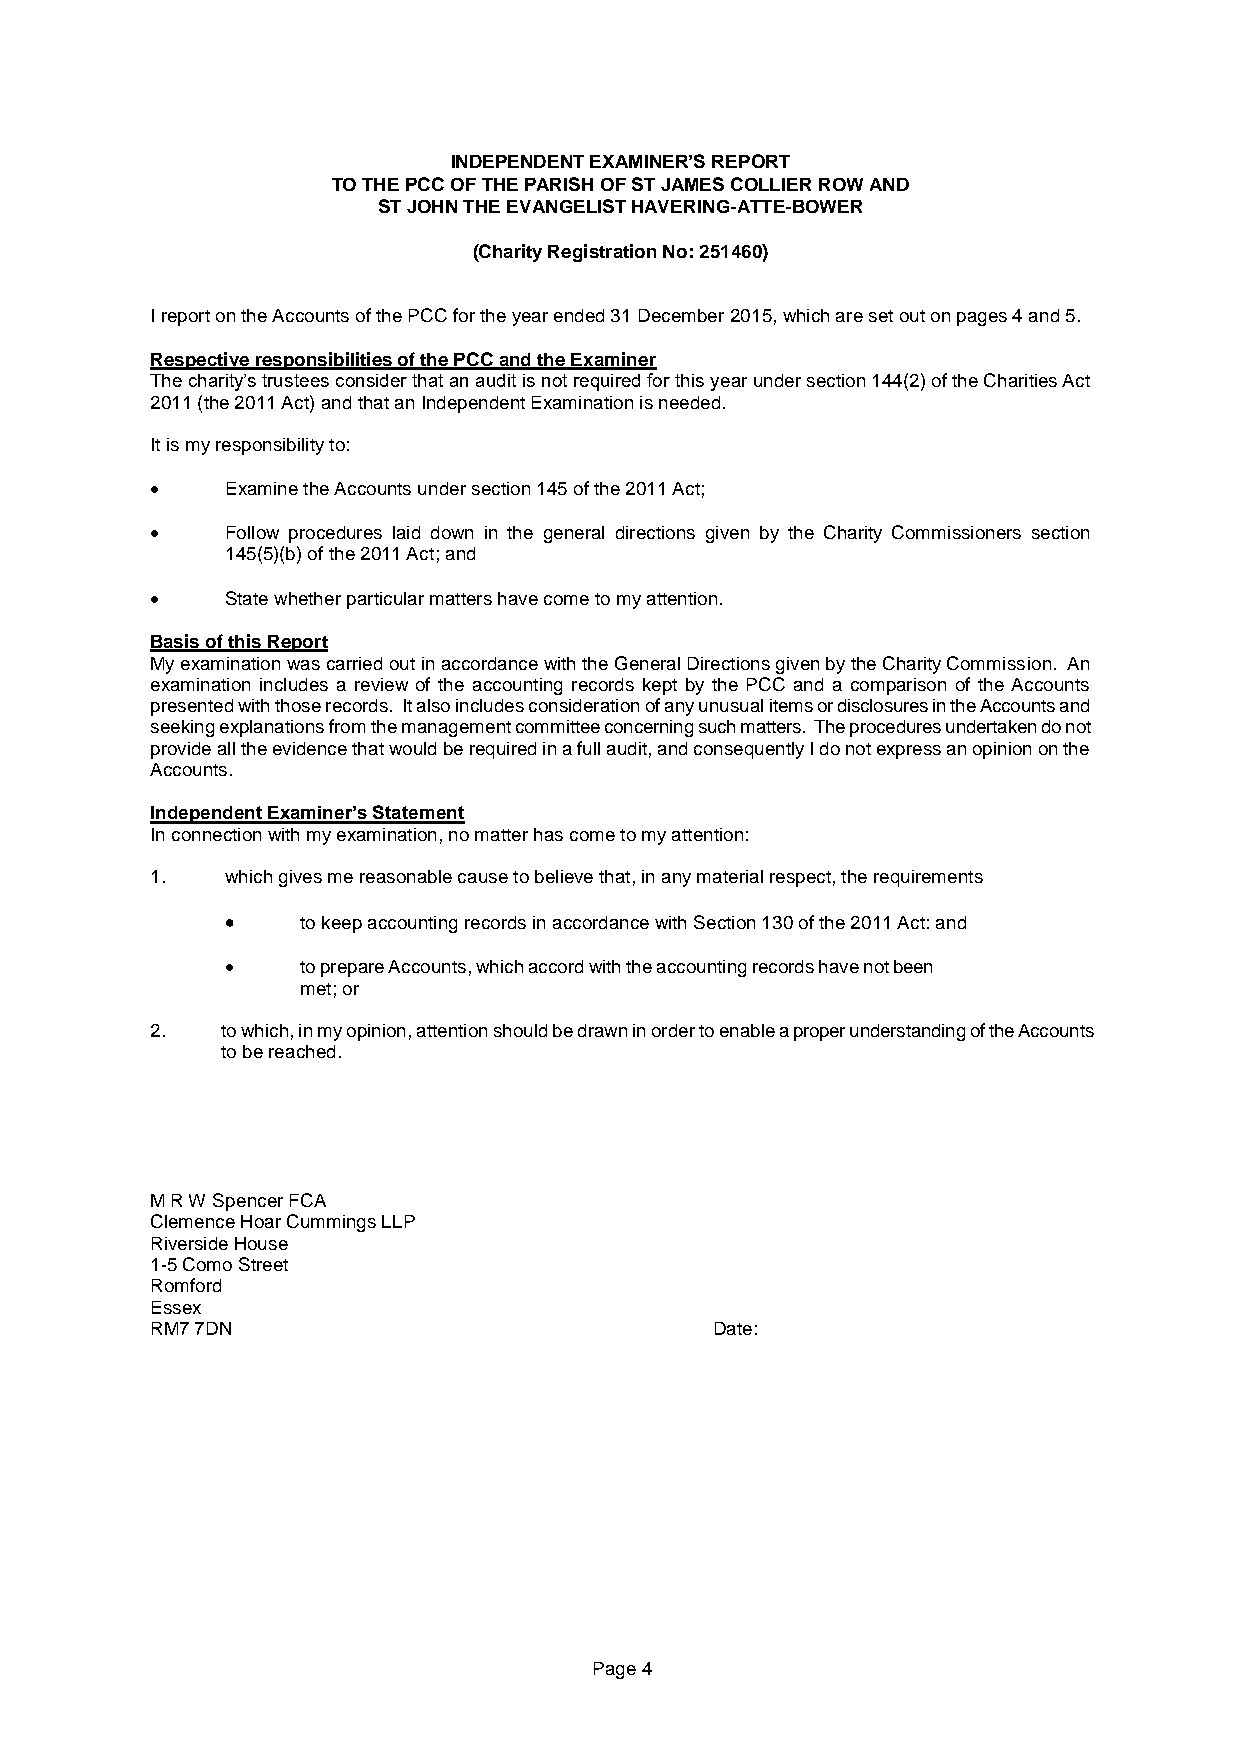
INDEPENDENT EXAMINER’S REPORT
 TO THE PCC OF THE PARISH OF ST JAMES COLLIER ROW AND
 ST JOHN THE EVANGELIST HAVERING-ATTE-BOWER
 (Charity Registration No: 251460)
 I report on the Accounts of the PCC for the year ended 31 December 2015, which are set out on pages 4 and 5.
 Respective responsibilities of the PCC and the Examiner
 The charity’s trustees consider that an audit is not required for this year under section 144(2) of the Charities Act
 2011 (the 2011 Act) and that an Independent Examination is needed.
 It is my responsibility to:
     Examine the Accounts under section 145 of the 2011 Act;
     Follow procedures laid down in the general directions given by the Charity Commissioners section
 145(5)(b) of the 2011 Act; and
     State whether particular matters have come to my attention.
 Basis of this Report
 My examination was carried out in accordance with the General Directions given by the Charity Commission. An
 examination includes a review of the accounting records kept by the PCC and a comparison of the Accounts
 presented with those records. It also includes consideration of any unusual items or disclosures in the Accounts and
 seeking explanations from the management committee concerning such matters. The procedures undertaken do not
 provide all the evidence that would be required in a full audit, and consequently I do not express an opinion on the
 Accounts.
 Independent Examiner’s Statement
 In connection with my examination, no matter has come to my attention:
 1.   which gives me reasonable cause to believe that, in any material respect, the requirements
     to keep accounting records in accordance with Section 130 of the 2011 Act: and
     to prepare Accounts, which accord with the accounting records have not been
 met; or
 2.   to which, in my opinion, attention should be drawn in order to enable a proper understanding of the Accounts
 to be reached.
 M R W Spencer FCA
 Clemence Hoar Cummings LLP
 Riverside House
 1-5 Como Street
 Romford
 Essex
 RM7 7DN                              Date:
 Page 4